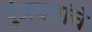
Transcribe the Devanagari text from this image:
पुंजक्यांचे